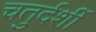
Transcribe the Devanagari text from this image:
चतुर्दर्शी